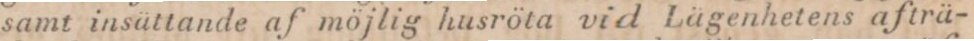
samt insättande af möjlig husröta vid Lägenhetens afträ-